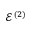
\mathcal { E } ^ { ( 2 ) }